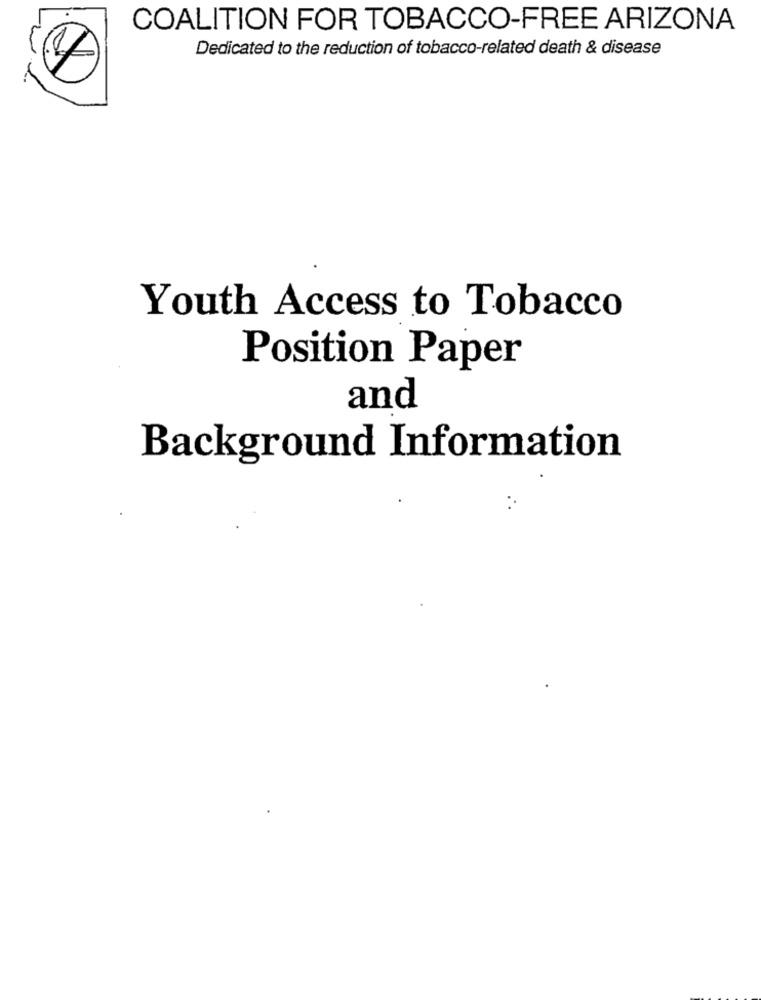
COALITION FOR TOBACCO-FREE ARIZONA
Dedicated to the reduction of tobacco-related death & disease
Youth Access to Tobacco
Position Paper
and
Background Information